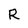
Character: R